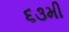
૬૩મી